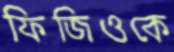
ফিজিওকে